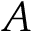
A